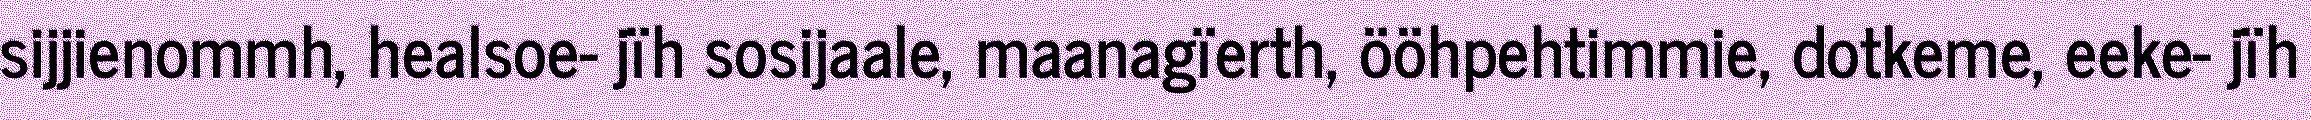
sijjienommh, healsoe- jïh sosijaale, maanagïerth, ööhpehtimmie, dotkeme, eeke- jïh